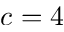
c = 4